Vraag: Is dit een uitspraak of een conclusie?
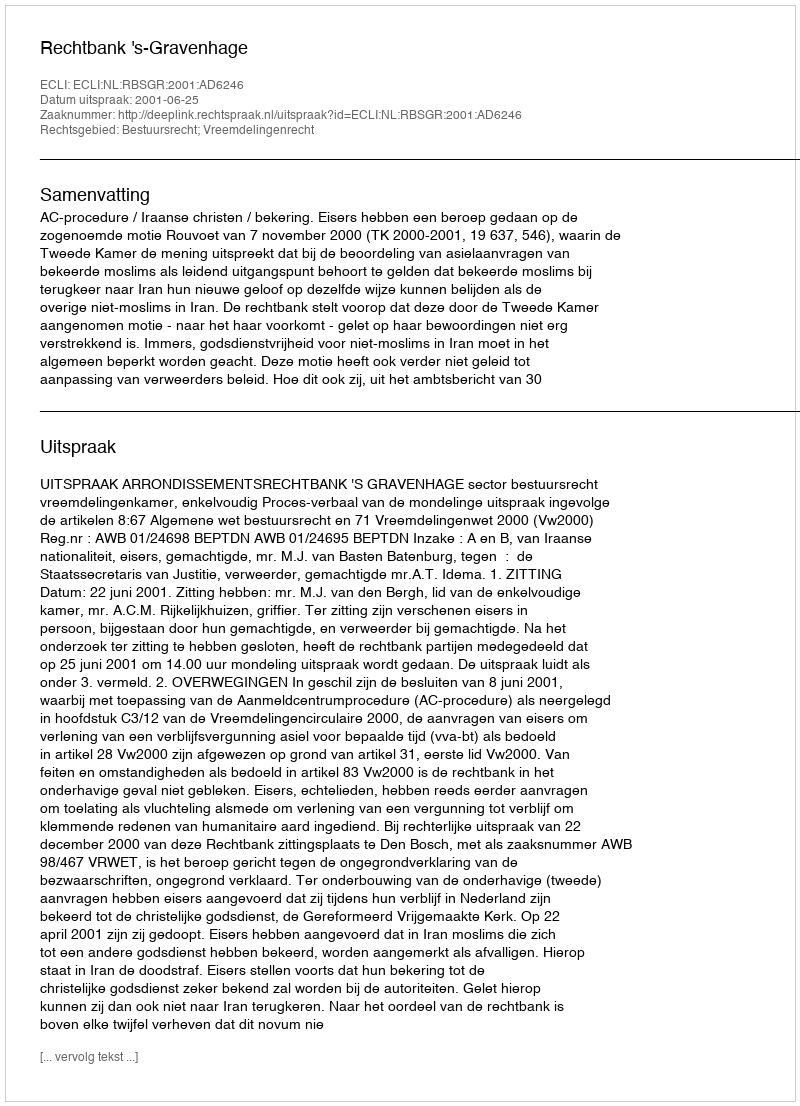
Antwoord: Uitspraak